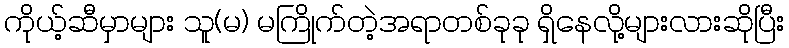
ကိုယ့်ဆီမှာများ သူ(မ) မကြိုက်တဲ့အရာတစ်ခုခု ရှိနေလို့များလားဆိုပြီး